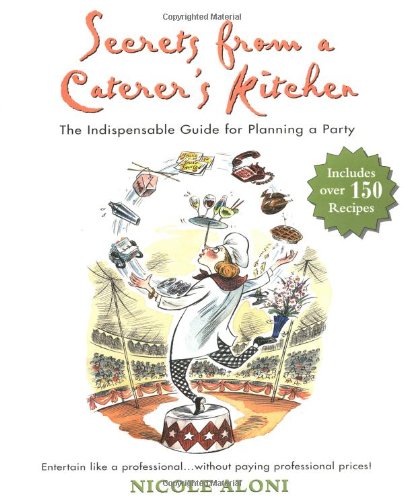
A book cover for Secrets from a Caterer's Kitchen: The Indispensable Guide for Planning a Party; Nicole Aloni; Cookbooks, Food & Wine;